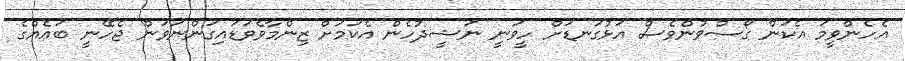
އެހެންވީމަ އެކަން ގޯސްވުންވެސް އަޅުގަނޑަށް ހީވަނީ ނަޝީދުހެން އެކަމަށް ޒިންމާވެވަޑައިގަންނަވަން ޖެހޭނީ ބައެއްގެ